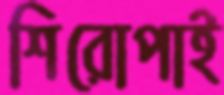
শিরোপাই